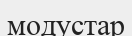
модустар